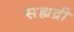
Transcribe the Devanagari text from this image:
सह्यद्री